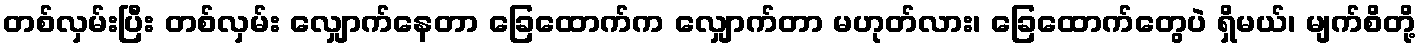
တစ်လှမ်းပြီး တစ်လှမ်း လျှောက်နေတာ ခြေထောက်က လျှောက်တာ မဟုတ်လား၊ ခြေထောက်တွေပဲ ရှိမယ်၊ မျက်စိတို့